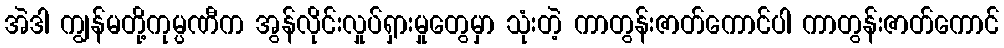
အဲဒါ ကျွန်မတို့ကုမ္ပဏီက အွန်လိုင်းလှုပ်ရှားမှုတွေမှာ သုံးတဲ့ ကာတွန်းဇာတ်ကောင်ပါ ကာတွန်းဇာတ်ကောင်